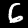
Label: 6